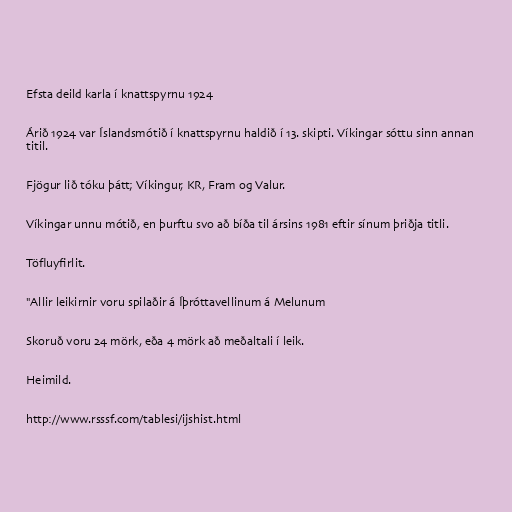
Efsta deild karla í knattspyrnu 1924

Árið 1924 var Íslandsmótið í knattspyrnu haldið í 13. skipti. Víkingar sóttu sinn annan
titil.

Fjögur lið tóku þátt; Víkingur, KR, Fram og Valur.

Víkingar unnu mótið, en þurftu svo að bíða til ársins 1981 eftir sínum þriðja titli.

Töfluyfirlit.

"Allir leikirnir voru spilaðir á Íþróttavellinum á Melunum

Skoruð voru 24 mörk, eða 4 mörk að meðaltali í leik.

Heimild.

http://www.rsssf.com/tablesi/ijshist.html